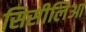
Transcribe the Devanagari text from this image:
सिसीलिआ